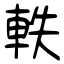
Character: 軼